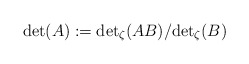
\begin{align*}\det(A):={\det}_\zeta(AB)/{\det}_\zeta(B)\end{align*}